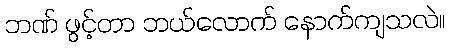
ဘဏ် ဖွင့်တာ ဘယ်လောက် နောက်ကျသလဲ။